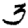
Digit: 3